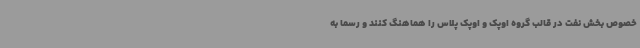
خصوص بخش نفت در قالب گروه اوپک و اوپک پلاس را هماهنگ کنند و رسما به